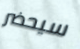
سيحضر